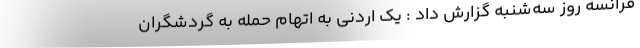
فرانسه روز سه‌شنبه گزارش داد : یک اردنی به اتهام حمله به گردشگران